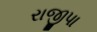
રાજીપા